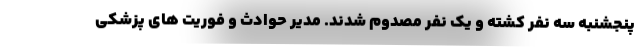
پنجشنبه سه نفر کشته و یک نفر مصدوم شدند. مدیر حوادث و فوریت های پزشکی